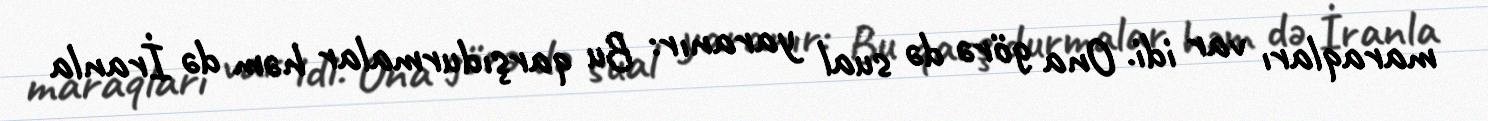
maraqları var idi. Ona görə də sual yaranır: Bu qarşıdurmalar həm də İranla